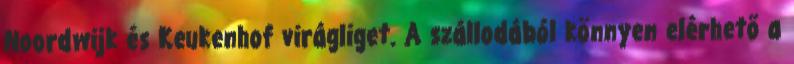
Noordwijk és Keukenhof virágliget. A szállodából könnyen elérhető a